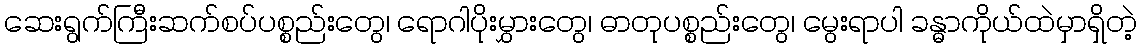
ဆေးရွက်ကြီးဆက်စပ်ပစ္စည်းတွေ၊ ရောဂါပိုးမွှားတွေ၊ ဓာတုပစ္စည်းတွေ၊ မွေးရာပါ ခန္ဓာကိုယ်ထဲမှာရှိတဲ့